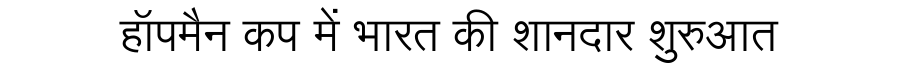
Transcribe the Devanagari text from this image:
हॉपमैन कप में भारत की शानदार शुरुआत